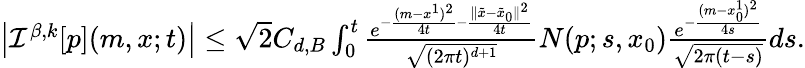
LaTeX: \begin{array}{r}{{\left|{\mathcal I}^{\beta,k}[p](m,x;t)\right|\leq\sqrt{2}C_{d,B}\int_{0}^{t}\frac{e^{-\frac{(m-x^{1})^{2}}{4t}-\frac{\| \tilde{x}-\tilde{x}_{0}\| ^{2}}{4t}}}{\sqrt{(2\pi t)^{d+1}}}N(p;s,x_{0})\frac{e^{-\frac{(m-x_{0}^{1})^{2}}{4s}}}{\sqrt{2\pi(t-s)}}ds}.}\end{array}